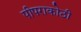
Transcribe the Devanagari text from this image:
पीपराकोठी